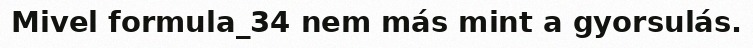
Mivel formula_34 nem más mint a gyorsulás.